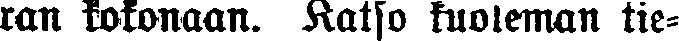
ran kokonaan. Katso kuoleman tie-